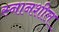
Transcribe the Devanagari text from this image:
स्नानशील